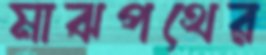
মাঝপথের